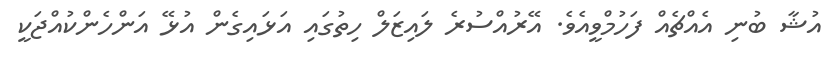
އުޝާ ބުނި އެއްޗެއް ފަހުމްވީއެވެ. އޭރުއްސުރެ ލައިޒަލް ހިތުގައި އަޅައިގެން އުޅޭ އަންހެންކުއްޖަކީ